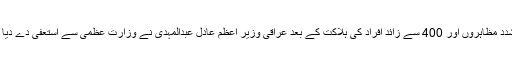
پرتشدد مظاہروں اور 400 سے زائد افراد کی ہلاکت کے بعد عراقی وزیر اعظم عادل عبدالمہدی نے وزارتِ عظمیٰ سے استعفیٰ دے دیا تھا۔